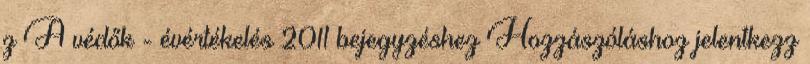
z A védők - évértékelés 2011 bejegyzéshez Hozzászóláshoz jelentkezz